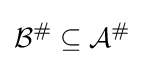
{\mathcal {B}}^{\#}\subseteq {\mathcal {A}}^{\#}